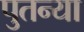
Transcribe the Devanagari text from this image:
पुतन्या